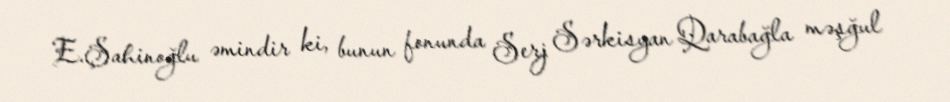
E.Şahinoğlu əmindir ki, bunun fonunda Serj Sərkisyan Qarabağla məşğul